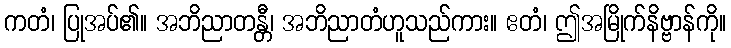
ကတံ၊ ပြုအပ်၏။ အဘိညာတန္တီ၊ အဘိညာတံဟူသည်ကား။ ဧတံ၊ ဤအမြိုက်နိဗ္ဗာန်ကို။